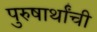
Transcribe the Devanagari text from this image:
पुरुषार्थांची